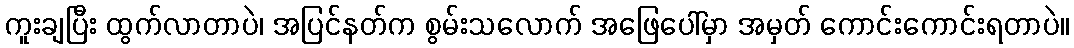
ကူးချပြီး ထွက်လာတာပဲ၊ အပြင်နတ်က စွမ်းသလောက် အဖြေပေါ်မှာ အမှတ် ကောင်းကောင်းရတာပဲ။